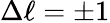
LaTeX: \Delta\ell=\pm 1